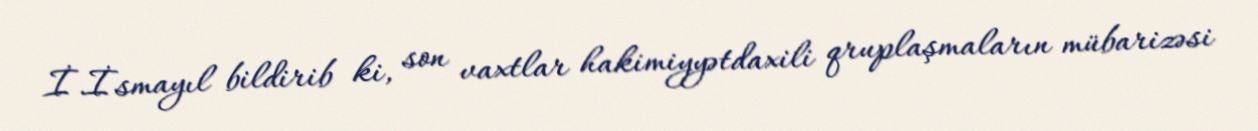
İ.İsmayıl bildirib ki, son vaxtlar hakimiyyətdaxili qruplaşmaların mübarizəsi